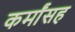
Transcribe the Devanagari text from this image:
कर्मांसह